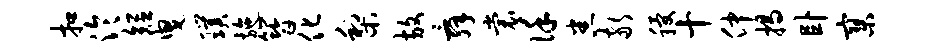
扣泠短曳璞施簪化梨放舜裳谨悉敬稷十仲揭卧寥